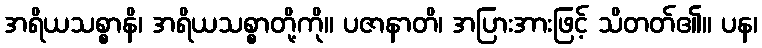
အရိယသစ္စာနိ၊ အရိယသစ္စာတို့ကို။ ပဇာနာတိ၊ အပြားအားဖြင့် သိတတ်၏။ ပန၊